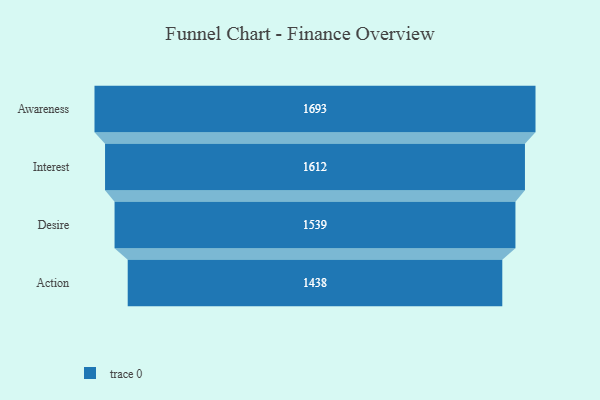
{"axis": {"x": "Stage", "y": "Value"}, "legend": [""], "data": [{"x": "Awareness", "y": 1693.0, "type": ""}, {"x": "Interest", "y": 1612.0, "type": ""}, {"x": "Desire", "y": 1539.0, "type": ""}, {"x": "Action", "y": 1438.0, "type": ""}]}